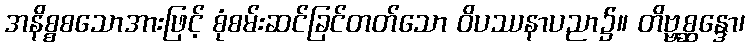
အနိစ္စစသောအားဖြင့် စုံစမ်းဆင်ခြင်တတ်သော ဝိပဿနာပညာ၌။ တိဗ္ဗစ္ဆန္ဒော၊